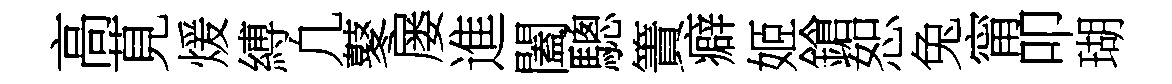
高莧煖縛凢鼕屡進闔驄簀癖姬鎗恕兔甯叩瑚